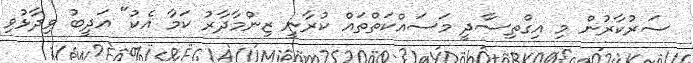
ސަރުކާރުން މި އިގްތިސާދީ މަސައްކަތްތައް ކުރާނީ ޒިންމާދާރު ކަމާ އެކު" އަދީބު ވިދާޅުވި